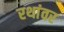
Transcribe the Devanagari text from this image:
रथांवर